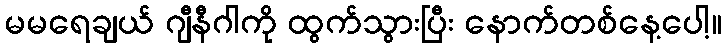
မမရေချယ် ဂျီနီဂါကို ထွက်သွားပြီး နောက်တစ်နေ့ပေါ့။